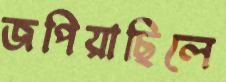
জপিয়াছিলে